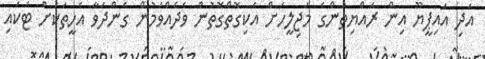
އަދި އައިޕީޔޫ އިން ރައްޔިތުންގެ މަޖިލީހަށް އެކިގޮތްގޮތުން ވެދެއްވަމުން ގެންދަވާ އެހީތަކަށް ޓަކައި